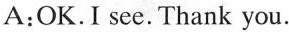
A:OK.I see.Thank you.